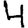
Digit: 4